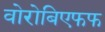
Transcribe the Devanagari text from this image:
वोरोबिएफफ